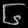
Digit: ၆